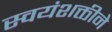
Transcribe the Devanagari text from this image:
स्वयंशक्तीने